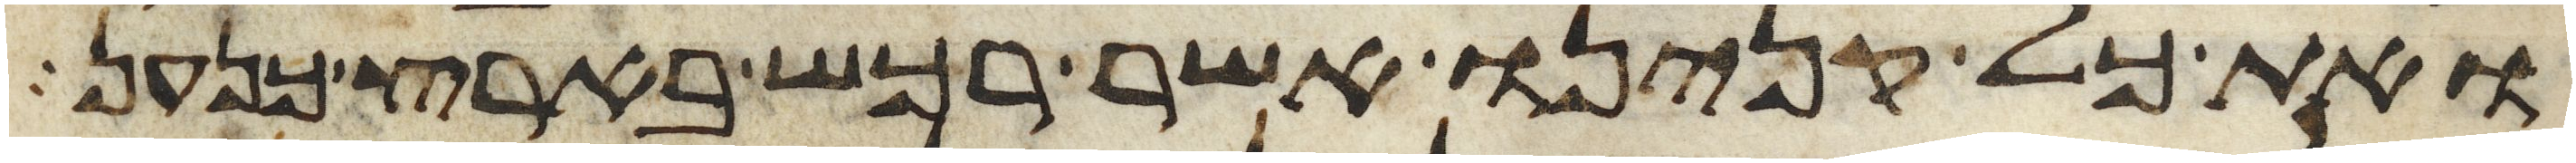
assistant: ואת כל קנינו אשר רכש בארץ כנען